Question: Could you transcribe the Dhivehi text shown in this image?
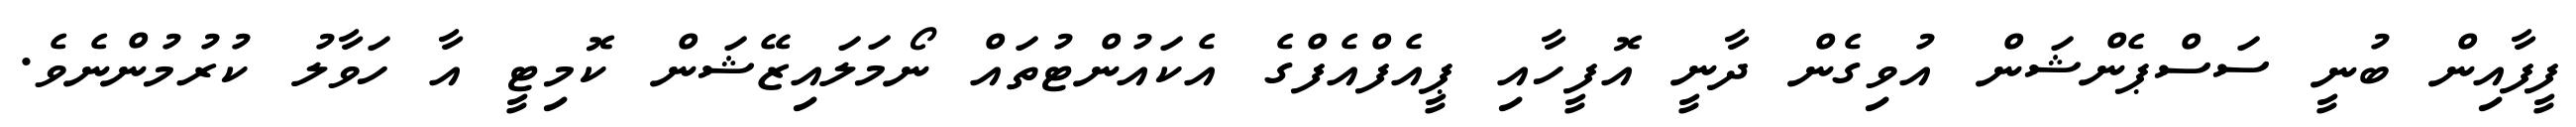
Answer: ފީފާއިން ބުނީ ސަސްޕެންޝަން އުވިގެން ދާނީ އޮފީހާއި ޕީއެފްއެފްގެ އެކައުންޓުތައް ނޯމަލައިޒޭޝަން ކޮމިޓީ އާ ހަވާލު ކުރުމުންނެވެ.